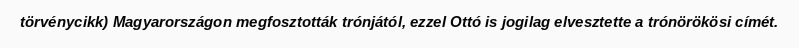
törvénycikk) Magyarországon megfosztották trónjától, ezzel Ottó is jogilag elvesztette a trónörökösi címét.